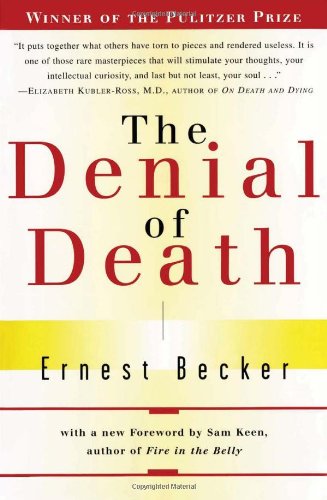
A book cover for The Denial of Death; Ernest Becker; Self-Help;